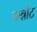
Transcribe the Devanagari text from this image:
कन्नोट